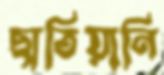
ছাতিয়ানি